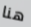
هنا